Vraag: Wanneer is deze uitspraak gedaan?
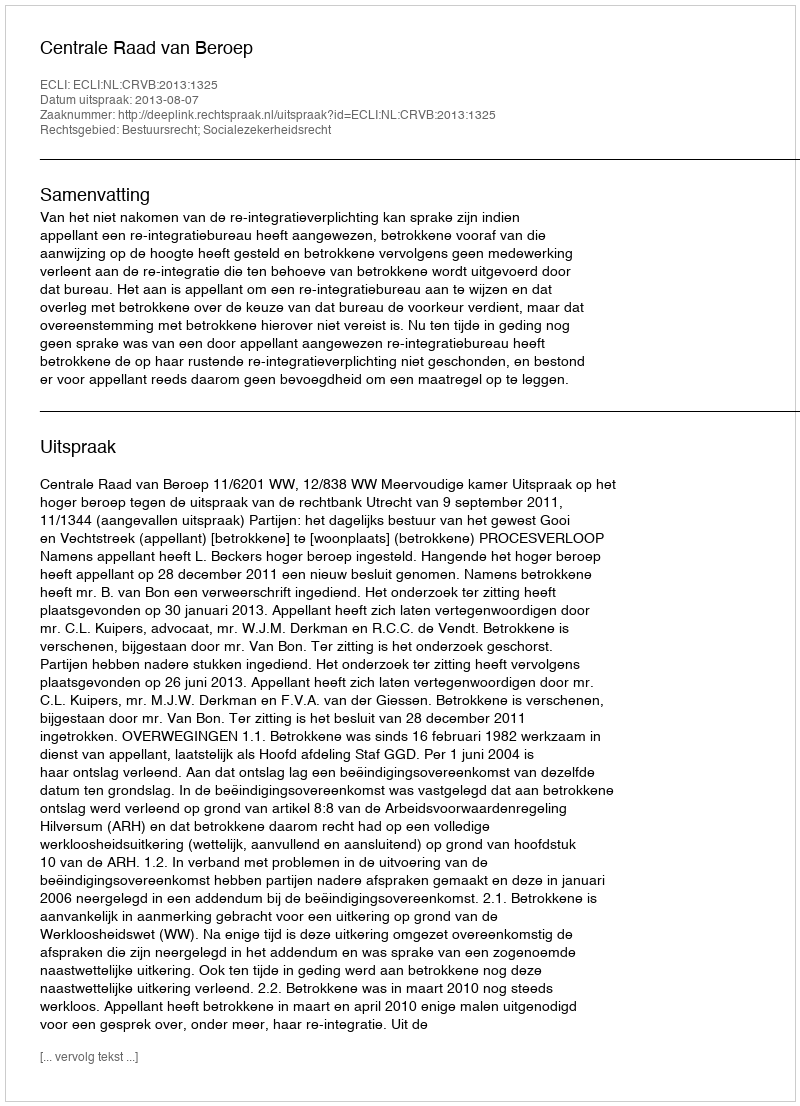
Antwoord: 2013-08-07